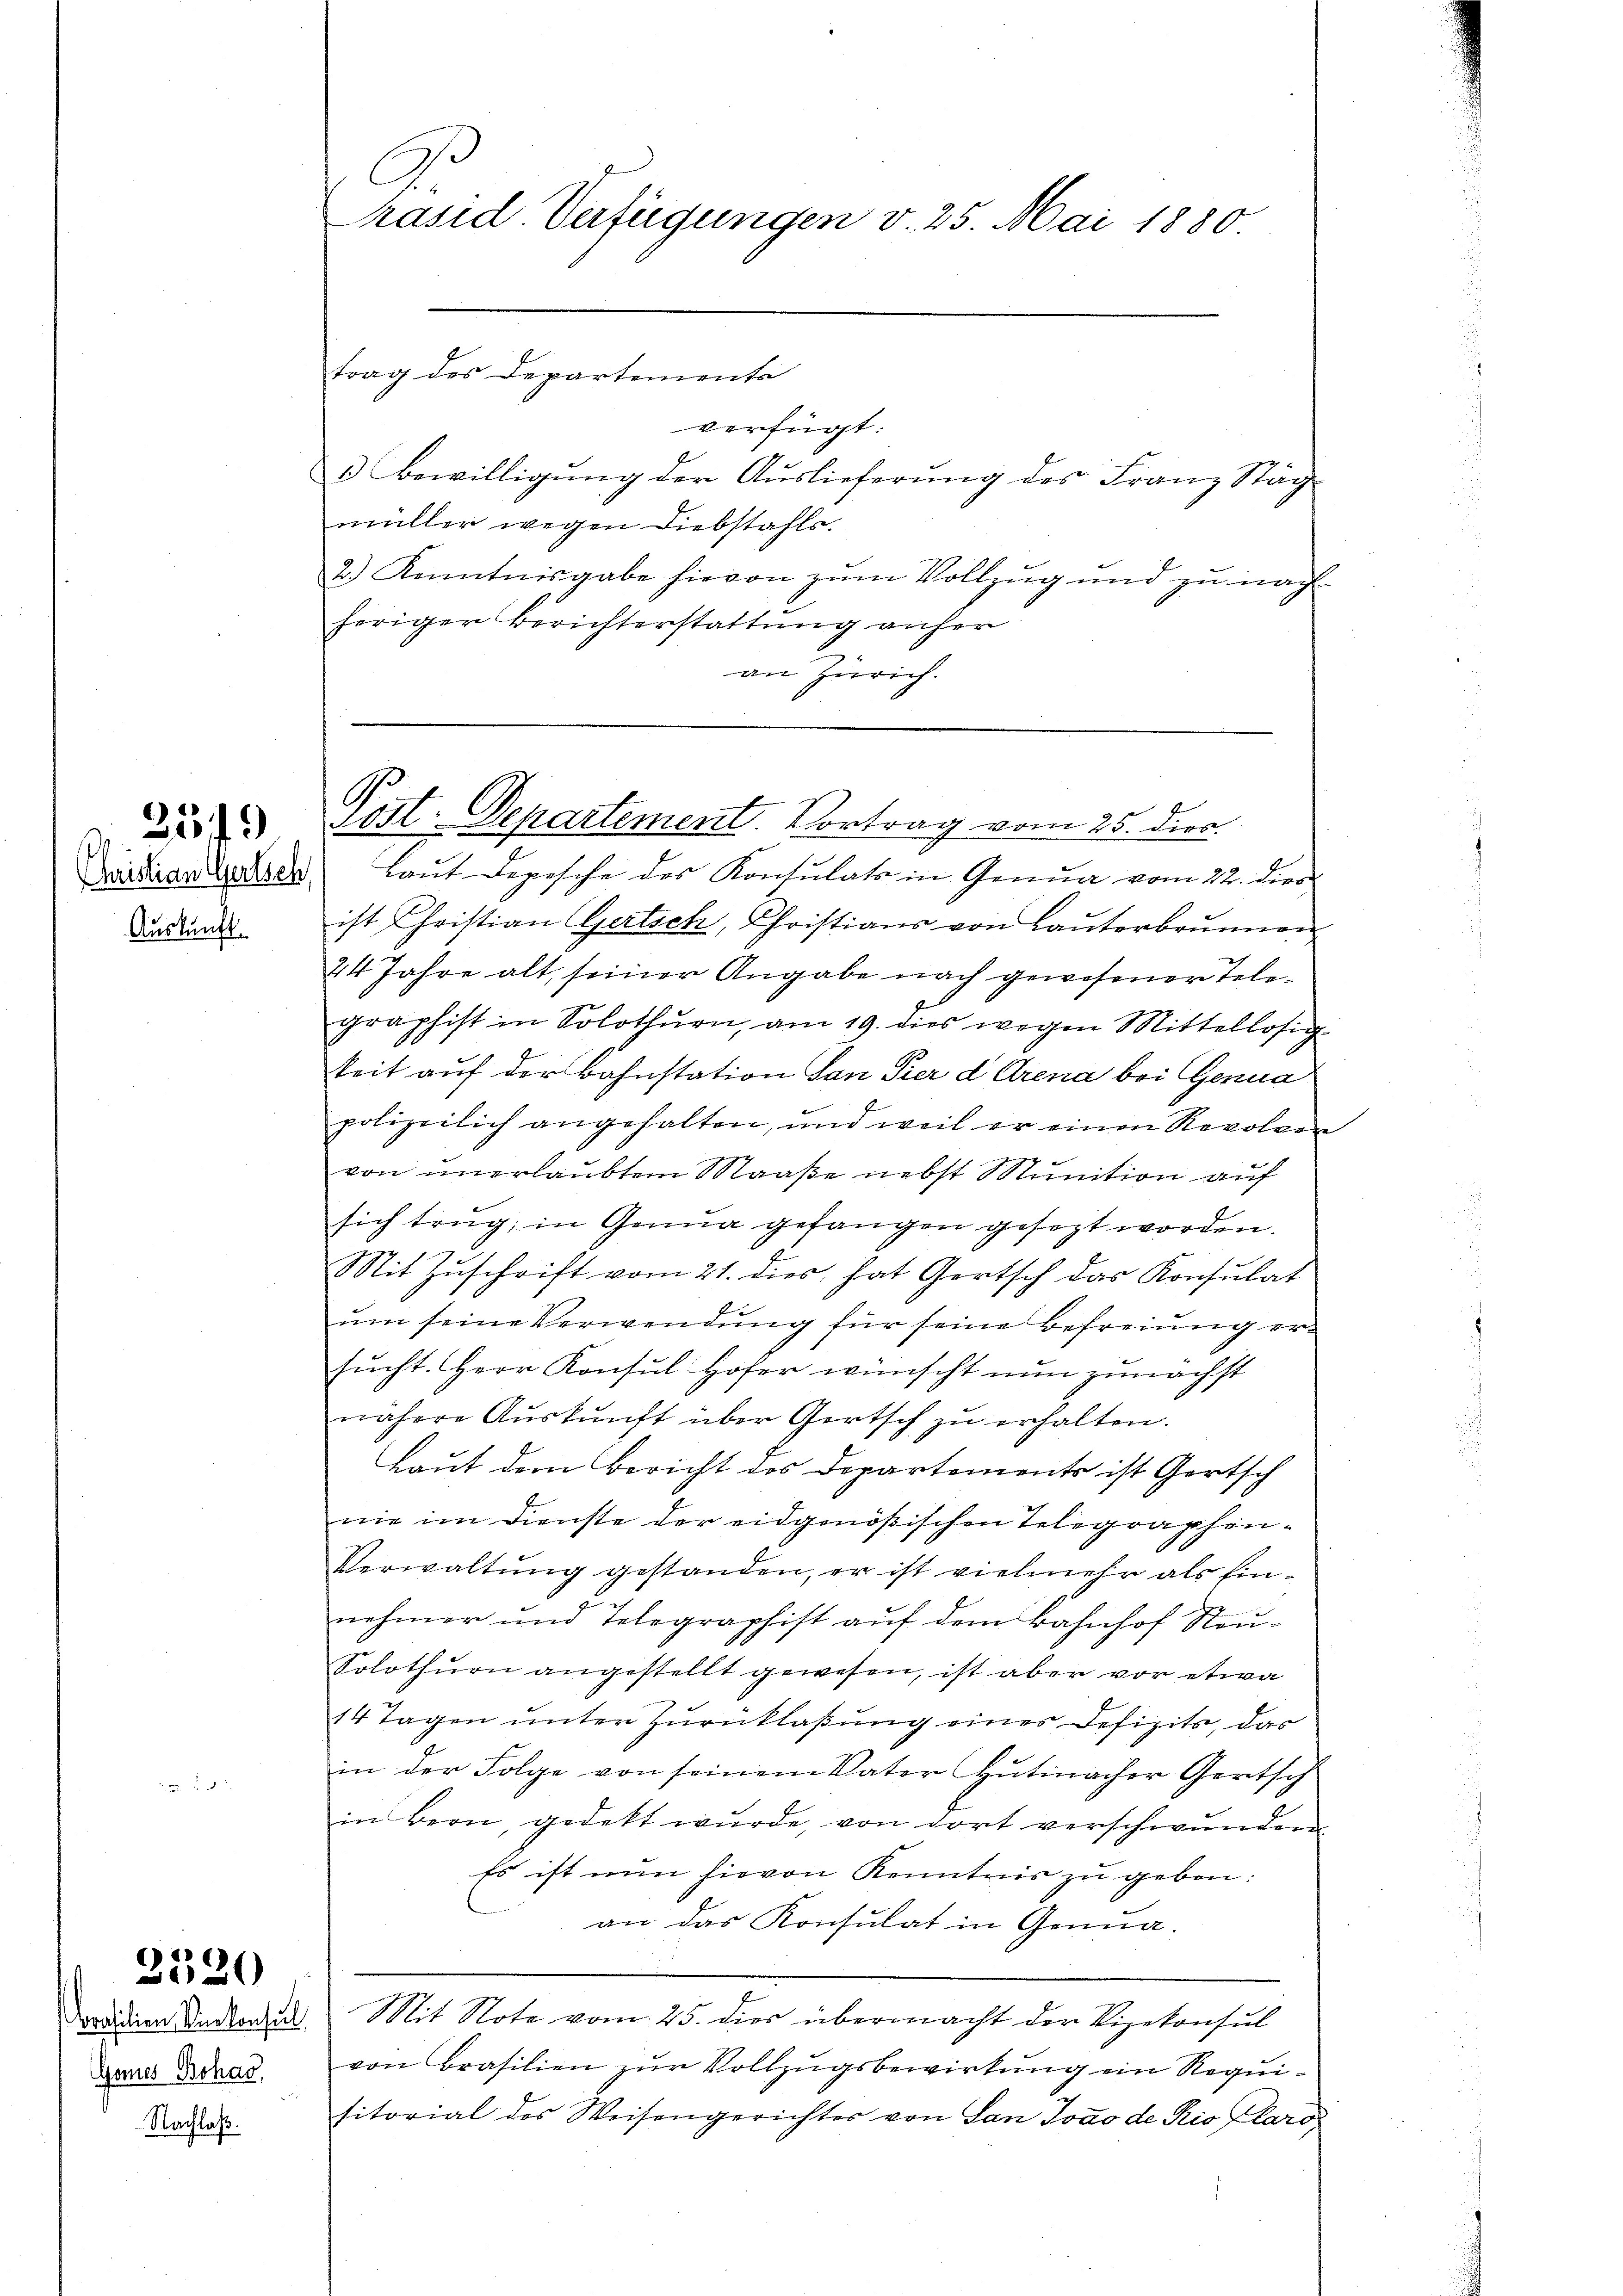
s
Christian Gertsch,
Auskunft.

359)

2520

Gones Bohas,

Nachlaß.

C
Präsid. Verfügungen v. 25. Mai 1880
trag des Departements

verfügt:
f
 Bewilligŭng der Aŭslieferŭng des Franz Stäg
müller wegen Diebstahls.
2.) Kenntnisgabe hievon zŭm Vollzŭg und zŭ nach-
heriger Berichterstattung anher
an Zürich.

Post. Departement. Vortrag vom 25. dies

Laut Depesche des Konsulats in Genua vom 22. dies
ist Christian Gertsch, Christians von Lauterbrunnen
24 Jahre alt, seiner Angabe nach gewesener Telegraphist in Solothurn, am 19. dies wegen Mittellosig-
keit auf der Bahnstation dan Pier d Arena bei Genua
polizeilich angehalten, und weil er einen Revolven
von unerlaubtem Maaße nebst Munition auf
E
sich trug, in Genua gefangen gesezt worden.
Mit Zuschrift vom 21. dies hat Gortsch das Konsulat
ŭm seine Verwendung für seine Befreiung ersucht. Herr Konsul Hofer wünscht nun zunächst
nähere Auskunft über Gertsch zu erhalten.
Laut dem Bericht des Departements ist Gertsch
nie im Dienste der eidgenößischen Telegraphen¬
Verwaltung gestanden, er ist vielmehr als Einnehmer und Telegraphist auf dem Bahnhof Steu¬
Solothurn angestellt gewesen, ist aber vor etwa
14 Tagen unter Zurücklaßung eines Defizits, das
in der Folge von seinem Vater Hutinacher Gertsch
in Bern, gedekt wŭrde, von dort verschwunden
Es ist nun hievon Kenntnis zu geben:
an das Konsulat in Genna.
rddien Andlages Mit Note vom 25. dies übermacht der Vizekonsul
von Brasilien zur Vollzugsbewirkung ein Requisitorial des Weisengerichter von San Jovo de Kio Caro